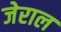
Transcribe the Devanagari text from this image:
जेराल